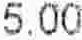
5.00